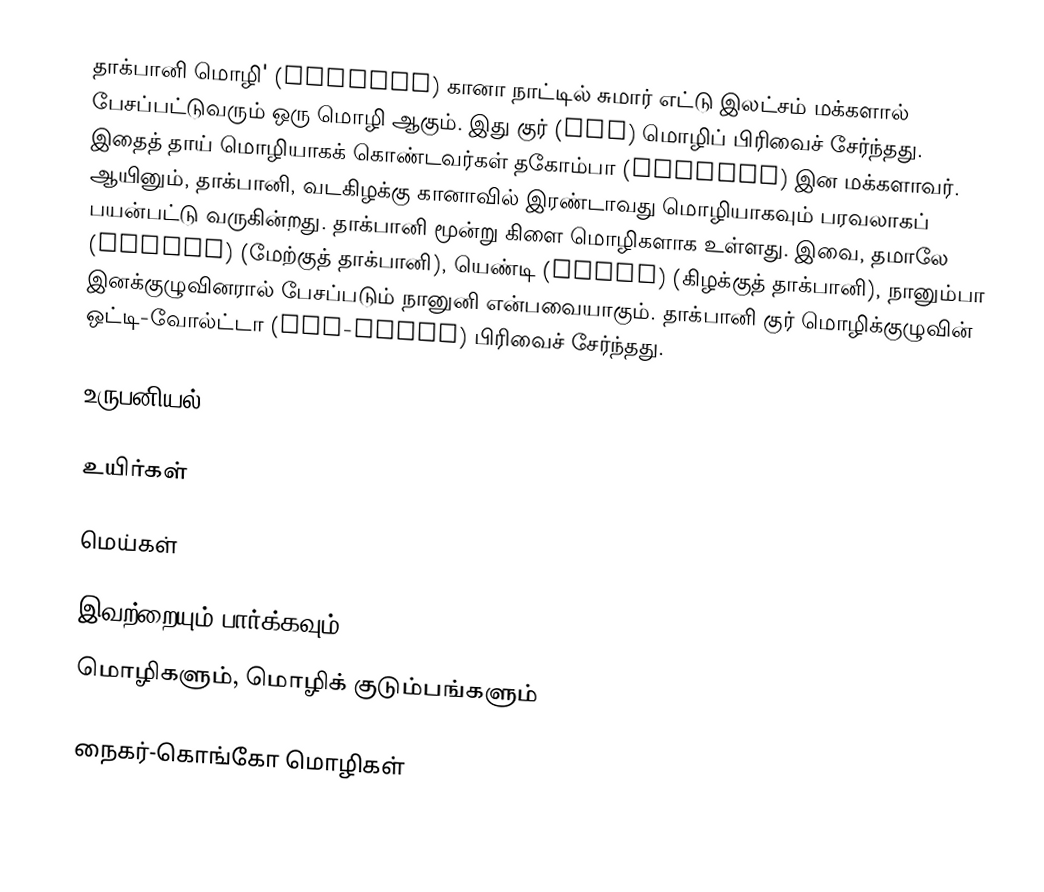
தாக்பானி மொழி' (Dagbani) கானா நாட்டில் சுமார் எட்டு இலட்சம் மக்களால் பேசப்பட்டுவரும் ஒரு மொழி ஆகும். இது குர் (Gur) மொழிப் பிரிவைச் சேர்ந்தது. இதைத் தாய் மொழியாகக் கொண்டவர்கள் தகோம்பா (Dagomba) இன மக்களாவர். ஆயினும், தாக்பானி, வடகிழக்கு கானாவில் இரண்டாவது மொழியாகவும் பரவலாகப் பயன்பட்டு வருகின்றது. தாக்பானி மூன்று கிளை மொழிகளாக உள்ளது. இவை, தமாலே (Tamale) (மேற்குத் தாக்பானி), யெண்டி (Yendi) (கிழக்குத் தாக்பானி), நானும்பா இனக்குழுவினரால் பேசப்படும் நானுனி என்பவையாகும். தாக்பானி குர் மொழிக்குழுவின் ஒட்டி-வோல்ட்டா (Oti-Volta) பிரிவைச் சேர்ந்தது.

உருபனியல்

உயிர்கள்

மெய்கள்

இவற்றையும் பார்க்கவும்
 மொழிகளும், மொழிக் குடும்பங்களும்

நைகர்-கொங்கோ மொழிகள்